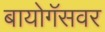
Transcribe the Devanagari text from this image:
बायोगॅसवर